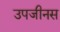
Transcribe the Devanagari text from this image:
उपजीनस